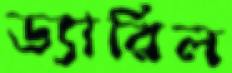
ড্যারিল